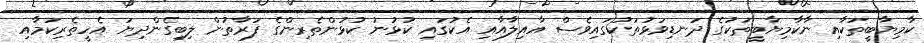
ކާމިޔާބީތަކާއި ނާކާމިޔާބީތަކުގެ ދަނޑިވަޅުތަކުގައިވެސް އާއިލާއާއި އެކުގައި ކުޅުނު ކުޅުންތެރިންގެ ފަރާތުން ލިބިގެންދިޔަ އެހީތެރިކަމާއި